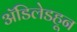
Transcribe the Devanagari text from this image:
ॲडिलेडहून